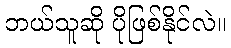
ဘယ်သူဆို ပိုဖြစ်နိုင်လဲ။